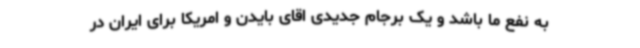
به نفع ما باشد و یک برجام جدیدی اقای بایدن و امریکا برای ایران در